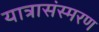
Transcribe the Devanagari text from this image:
यात्रासंस्मरण